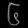
Digit: ၆